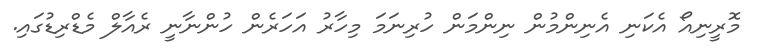
މޮރީނިއޯ އެކަނި އެނިންމުން ނިންމަން ހުރިނަމަ މިހާރު އަހަރެން ހުންނާނީ ރެއާލް މެޑްރިޑުގައި.